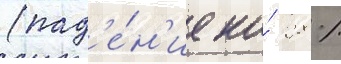
(пад'е́н'ие на́ 28 %